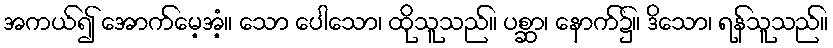
အကယ်၍ အောက်မေ့အံ့။ သော ပေါသော၊ ထိုသူသည်။ ပစ္ဆာ၊ နောက်၌။ ဒိသော၊ ရန်သူသည်။